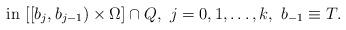
LaTeX: \begin{align*}\mbox{in}\ [[b_{j}, b_{j-1}) \times \Omega] \cap Q, \ j=0,1, \dots, k, \ b_{-1} \equiv T.\end{align*}